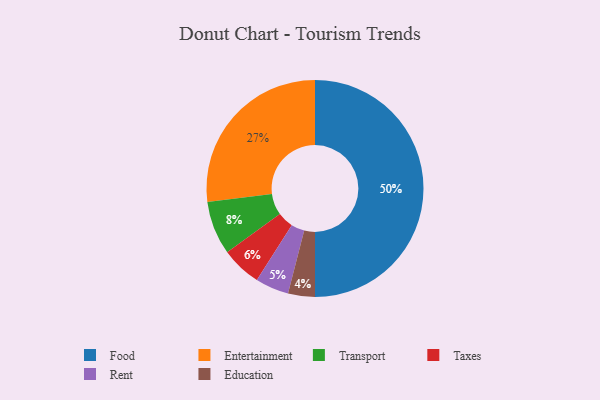
{"axis": {"x": "Category", "y": "Percentage"}, "legend": ["Education", "Entertainment", "Food", "Rent", "Taxes", "Transport"], "data": [{"x": "Taxes", "y": 6, "type": "Taxes"}, {"x": "Transport", "y": 8, "type": "Transport"}, {"x": "Food", "y": 50, "type": "Food"}, {"x": "Rent", "y": 5, "type": "Rent"}, {"x": "Entertainment", "y": 27, "type": "Entertainment"}, {"x": "Education", "y": 4, "type": "Education"}]}